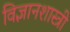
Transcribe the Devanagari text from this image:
विज्ञानशास्त्री